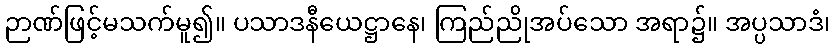
ဉာဏ်ဖြင့်မသက်မူ၍။ ပသာဒနီယေဋ္ဌာနေ၊ ကြည်ညိုအပ်သော အရာ၌။ အပ္ပသာဒံ၊